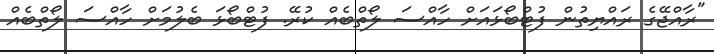
"ރާއްޖޭގެ ރައްޔިތުން ފުޓްބޯޅައަށް ހާއްސަ ލޯތްބެއް ކުރޭ. ފުޓްބޯޅަ ބެލުމަށް ހާއްސަ ލޯތްބެއް